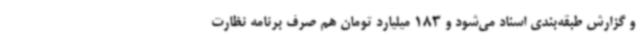
و گزارش طبقه‌بندی اسناد می‌شود و 183 میلیارد تومان هم صرف برنامه نظارت